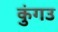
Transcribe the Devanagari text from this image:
कुंगउ